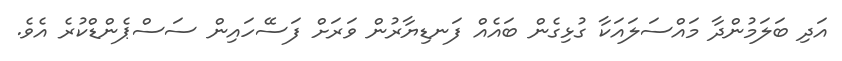
އަދި ބަލަމުންދާ މައްސަލައަކާ ގުޅިގެން ބައެއް ފަނޑިޔާރުން ވަރަށް ފަސޭހައިން ސަސްޕެންޑްކުރެ އެވެ.